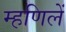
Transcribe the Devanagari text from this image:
म्हणिलें